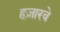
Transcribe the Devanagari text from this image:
हज़ारवे